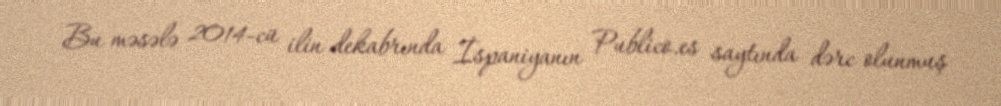
Bu məsələ 2014-cü ilin dekabrında İspaniyanın Publico.es saytında dərc olunmuş